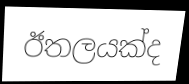
ඊතලයක්ද